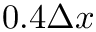
0 . 4 \Delta x